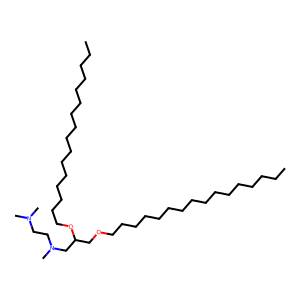
SMILES: CCCCCCCCCCCCCCCCOCC(CN(C)CCN(C)C)OCCCCCCCCCCCCCCCC
Inhibits HIV replication: No